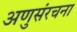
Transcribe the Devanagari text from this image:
अणुसंरचना